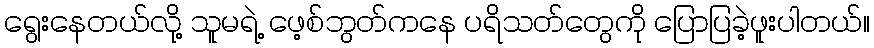
ရွေးနေတယ်လို့ သူမရဲ့ ဖေ့စ်ဘွတ်ကနေ ပရိသတ်တွေကို ပြောပြခဲ့ဖူးပါတယ်။